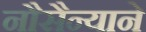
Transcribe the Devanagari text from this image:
नौसैन्याने